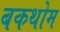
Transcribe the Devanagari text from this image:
बकथोम